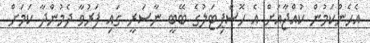
އެހެންކަމުން ކުއްޖާއަށް އެ ހޮސްޕިޓަލުގެ ބޭބީ ނާސަރީ ގައި ފަރުވާ ދެމުންދާ ކަމަށް